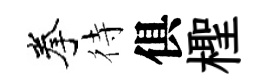
拳待俱檉